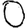
Digit: 0